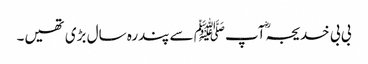
بی بی خدیجہؓ آپﷺ سے پندرہ سال بڑی تھیں۔